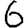
Digit: 6